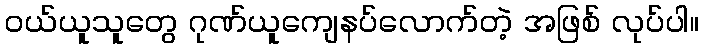
ဝယ်ယူသူတွေ ဂုဏ်ယူကျေနပ်လောက်တဲ့ အဖြစ် လုပ်ပါ။